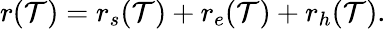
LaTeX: r(\mathcal{T})=r_{s}(\mathcal{T})+r_{e}(\mathcal{T})+r_{h}(\mathcal{T}).